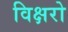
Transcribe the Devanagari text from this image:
विक्षरो